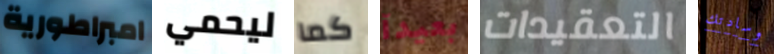
امبراطورية ليحمي كما بعيدآ التعقيدات وسادتك